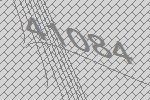
41084